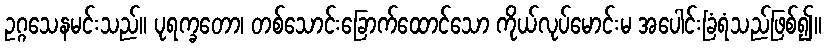
ဥဂ္ဂသေနမင်းသည်။ ပုရက္ခတော၊ တစ်သောင်းခြောက်ထောင်သော ကိုယ်လုပ်မောင်းမ အပေါင်းခြံရံသည်ဖြစ်၍။